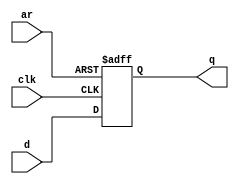
module top_module (
    input clk,
    input d, 
    input ar,   // asynchronous reset-异步复位
    output q);

    always @(posedge clk or posedge ar) begin
        if(ar) begin
            q <= 0;
        end
        else begin
            q <= d;
        end
    end
    
endmodule